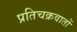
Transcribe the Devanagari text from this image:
प्रतिचक्रवातों